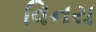
વિનય